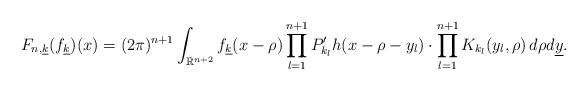
LaTeX: \begin{align*}F_{n,\underline{k}}(f_{\underline{k}})(x)=(2\pi)^{n+1}\int_{\mathbb{R}^{n+2}}f_{\underline{k}}(x-\rho)\prod_{l=1}^{n+1}P'_{k_l}h(x-\rho-y_l)\cdot \prod_{l=1}^{n+1}K_{k_l}(y_l,\rho)\,d\rho d\underline{y}.\end{align*}